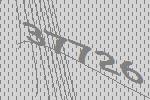
37726